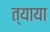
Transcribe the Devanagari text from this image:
त्याया